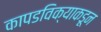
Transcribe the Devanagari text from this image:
कापडविक्याकडून